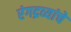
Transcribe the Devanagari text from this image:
रंगद्रव्यांचे